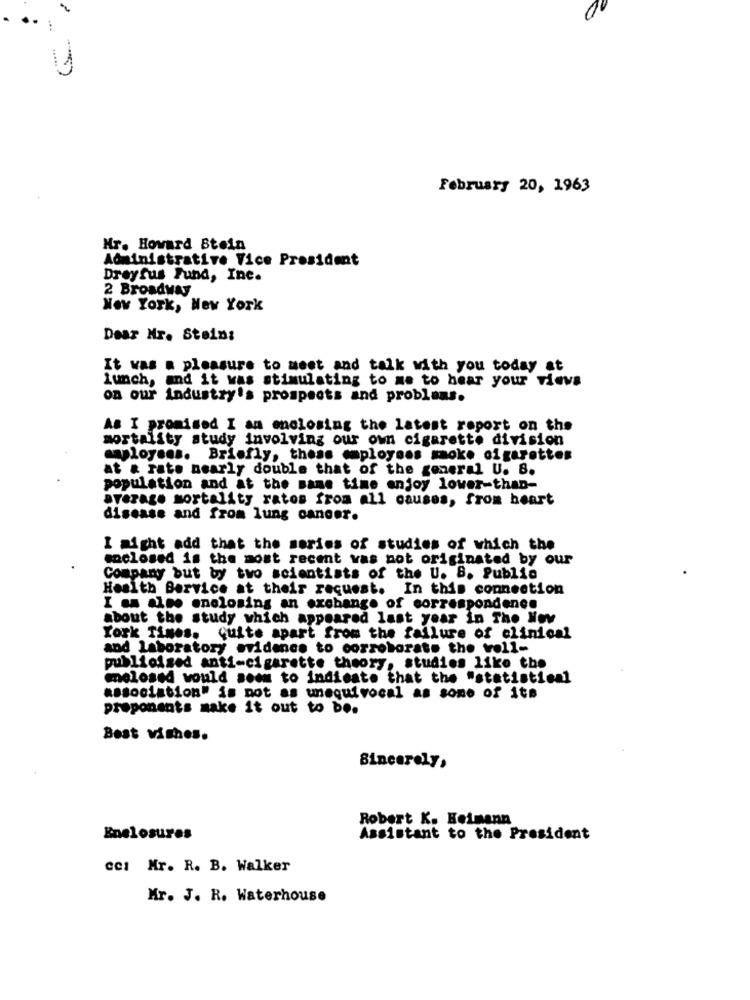
February 20, 1963
Hr. Howard Stein
Administrative Vice President
Dreyfus Fund, Inc.
2 Broadway
New York, New York
Dear Mr. Stein:
It was a pleasure to meet and talk with you today at
lunch, and it was stimulating to me to hear your vievs
on our industry's prospects and problems.
As I promised I am enclosing the latest report on the
mortality study involving our own cigarette division
maployens. Briefly, these employons smoke cigarettes
at & rato nearly double that of the general U. S.
population and at the same time enjoy lower-than-
average mortality rates from all causes, from heart
disease and from lung cancer.
I might add that the series of studies of which the
enclosed is the most recent was not originated by our
Company but by two scientists of the U. S. Public
Health Service at their request. In this connection
I am alee enelosing an exchange of correspondence
about the study which appeared last year in The Nov
York Times. quite apart from the failure of clinical
and Laboratory evidence to corroborate the voll-
publicised anti-cigarette theory, studies like the
melosed would soon to indicate that the "statistical
association" is not as unequivocal as some of its
proponents make it out to be.
Best wishes.
Sincerely,
Robert K. Heimann
Enelosuros
Assistant to the President
cci Mr. R. B. Walker
Mr. J. R. Waterhouse